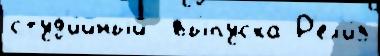
студ'и́йный  вы́пуска Р'ел'и́з